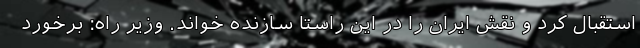
استقبال کرد و نقش ایران را در این راستا سازنده خواند. وزیر راه: برخورد